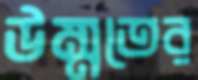
উম্মতের